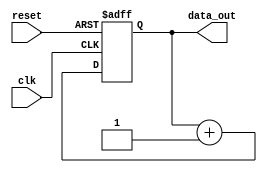
module RepeatLoop (
    input wire clk,            // Clock signal
    input wire reset,          // Reset signal
    output reg [7:0] data_out  // Example output, can be modified as needed
);

    // Initialization block
    initial begin
        data_out = 8'h00; // Initialize output data
    end

    // Repeat loop
    always @(posedge clk or posedge reset) begin
        if (reset) begin
            data_out <= 8'h00; // Reset the output data
        end else begin
            // Infinite loop simulation
            // This block will be executed indefinitely as clock cycles occur
            // Add your repetitive logic here

            // Example: Incrementing data_out
            data_out <= data_out + 1; // Increment output data
        end
    end

endmodule